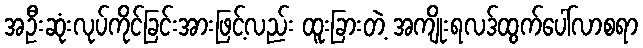
အဦးဆုံးလုပ်ကိုင်ခြင်းအားဖြင့်လည်း ထူးခြားတဲ့ အကျိုးရလဒ်ထွက်ပေါ်လာစရာ